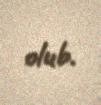
olub.